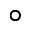
^ \circ